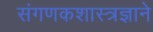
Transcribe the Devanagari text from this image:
संगणकशास्त्रज्ञाने